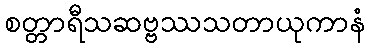
စတ္တာရီသဆဗ္ဗဿသတာယုကာနံ